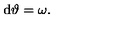
\mathrm { d } \vartheta = \omega .